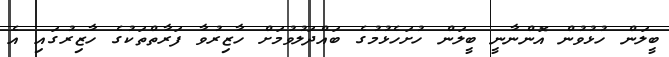
ބީލަން ހުޅުވުން އޮންނާނީ ބީލަން ހުށަހެޅުމުގެ ބައްދަލުވުމަށް ހާޒިރުވާ ފަރާތްތަކުގެ ހާޒިރުގައި އެ